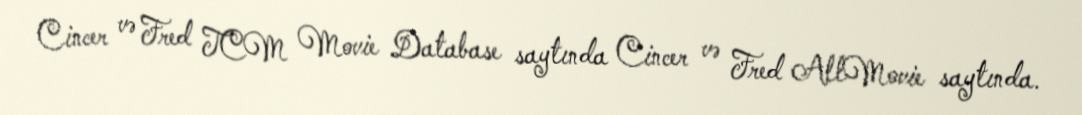
Cincer və Fred TCM Movie Database saytında Cincer və Fred AllMovie saytında.